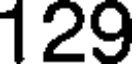
129